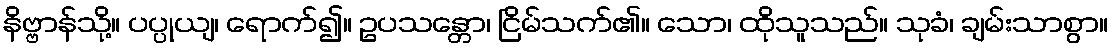
နိဗ္ဗာန်သို့။ ပပ္ပုယျ၊ ရောက်၍။ ဥပသန္တော၊ ငြိမ်သက်၏။ သော၊ ထိုသူသည်။ သုခံ၊ ချမ်းသာစွာ။